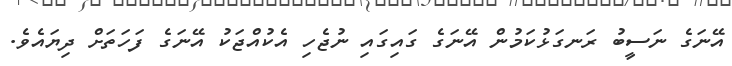
އޭނަގެ ނަސީބު ރަނގަޅުކަމުން އޭނަގެ ގައިގައި ނުޖެހި އެކުއްޖަކު އޭނަގެ ފަހަތަށް ދިޔައެވެ.